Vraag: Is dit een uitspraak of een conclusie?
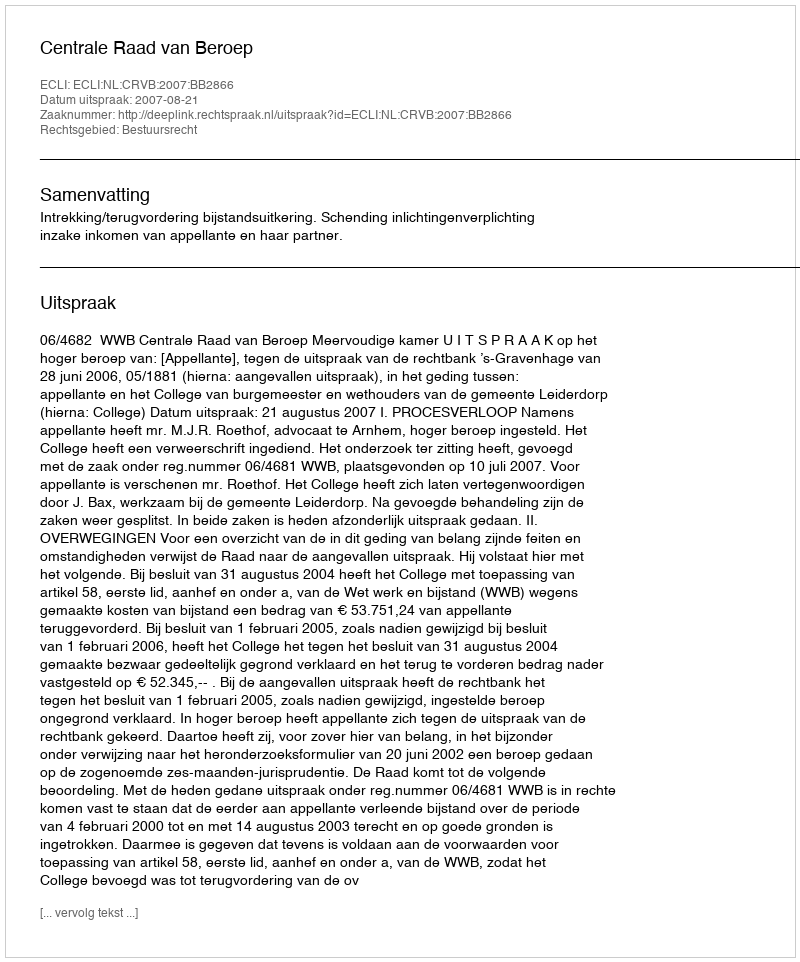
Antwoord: Uitspraak